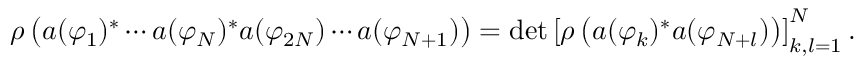
\rho \left( a ( \varphi _ { 1 } ) ^ { \ast } \cdots a ( \varphi _ { N } ) ^ { \ast } a ( \varphi _ { 2 N } ) \cdots a ( \varphi _ { N + 1 } ) \right) = \mathrm { d e t } \left[ \rho \left( a ( \varphi _ { k } ) ^ { \ast } a ( \varphi _ { N + l } ) \right) \right] _ { k , l = 1 } ^ { N } .